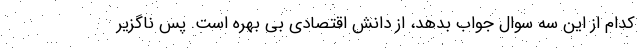
کدام از این سه سوال جواب بدهد، از دانش اقتصادی بی بهره است. پس ناگزیر